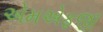
એમએફજી